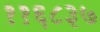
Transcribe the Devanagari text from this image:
११६८३७